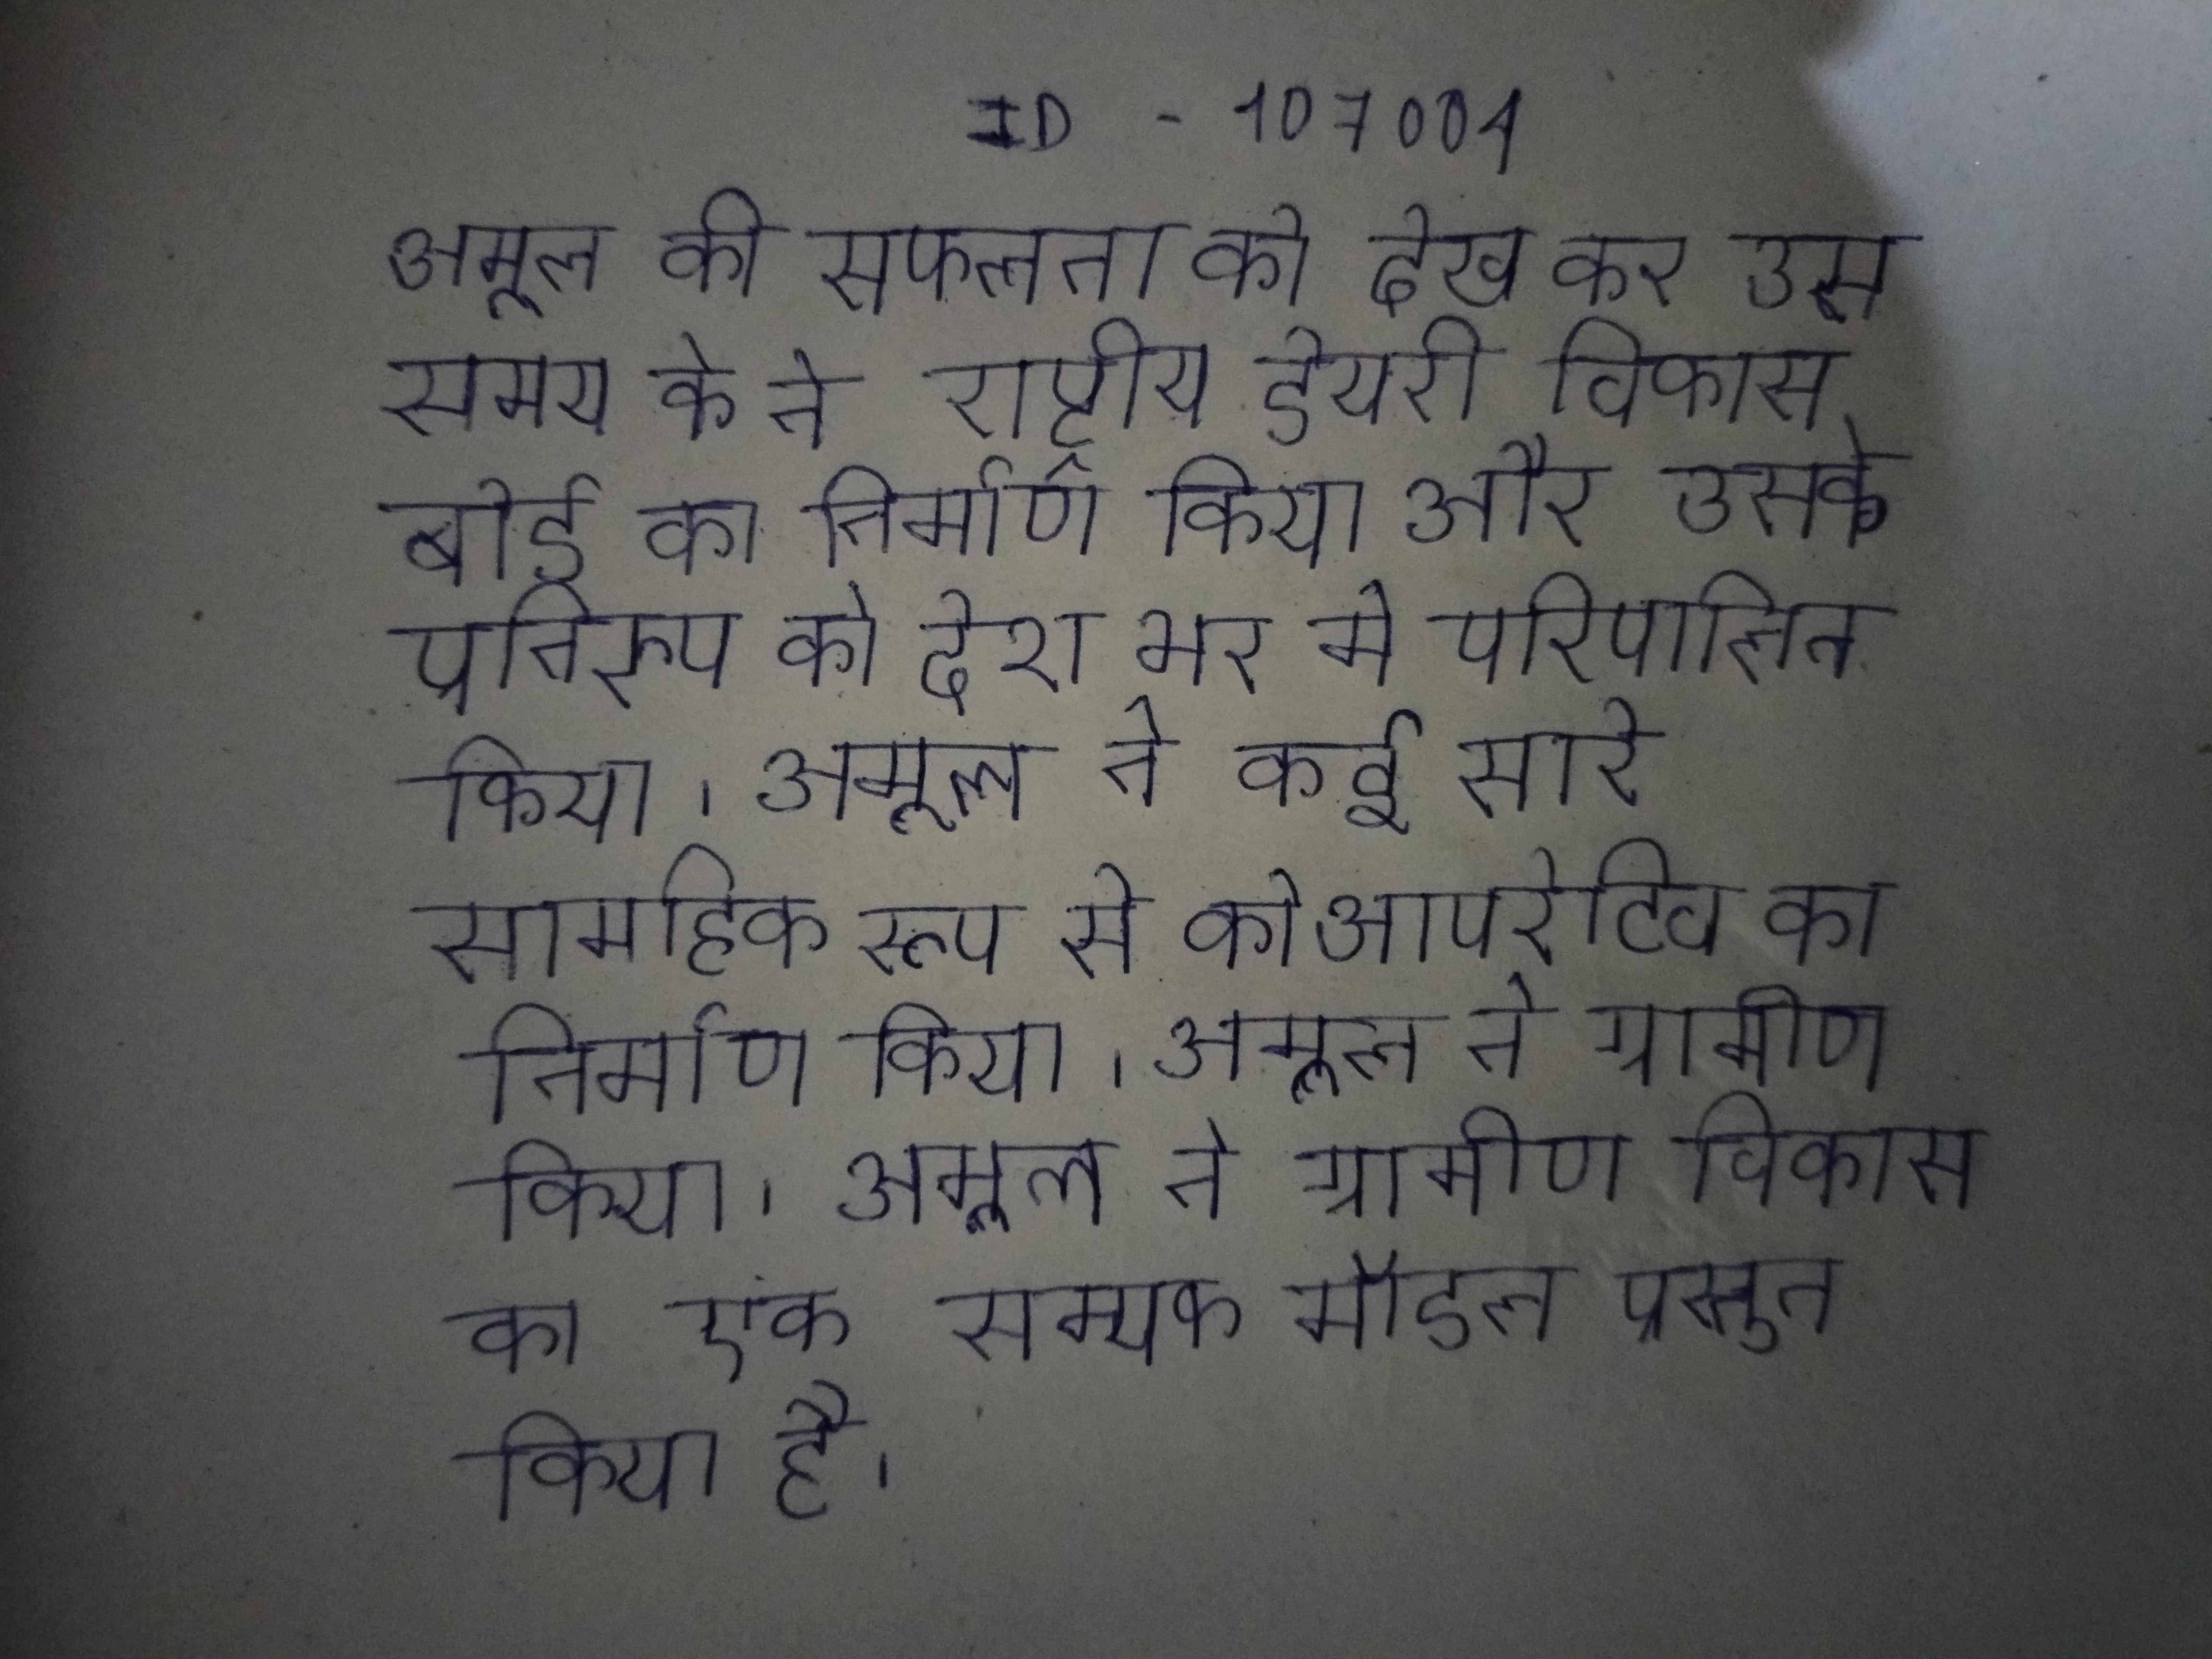
अमूल की सफलता को देख कर उस समय के ने राष्ट्रीय डेयऱी विकास बोर्ड का निर्माण किया और उसके प्रतिरुप को देश भर मे परिपालित किया । अमूल ने कई सारे सामूहिक रूप से कोआपरेटिव का निर्माण किया । अमूल ने ग्रामीण विकास का एक सम्यक मॉडल प्रस्तुत किया है ।